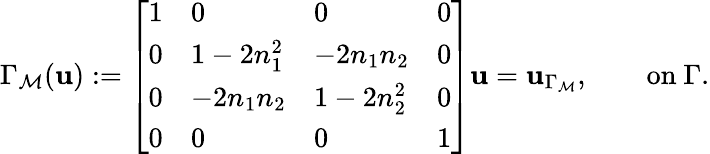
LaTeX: \Gamma_{\mathcal{M}}(\mathbf{u}):=\left[\begin{array}{llll}{1}&{0}&{0}&{0}\\ {0}&{1-2n_{1}^{2}}&{-2n_{1}n_{2}}&{0}\\ {0}&{-2n_{1}n_{2}}&{1-2n_{2}^{2}}&{0}\\ {0}&{0}&{0}&{1}\end{array}\right]\mathbf{u}=\mathbf{u}_{\Gamma_{\mathcal{M}}},\qquad\mathrm{on}~\Gamma.